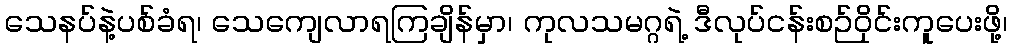
သေနပ်နဲ့ပစ်ခံရ၊ သေကျေလာရကြချိန်မှာ၊ ကုလသမဂ္ဂရဲ့ ဒီလုပ်ငန်းစဉ်ဝိုင်းကူပေးဖို့၊